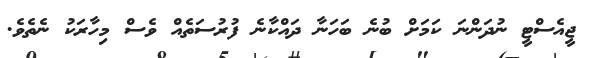
ޖީއެސްޓީ ނުދަންނަ ކަމަށް ބުނެ ބަހަނާ ދައްކާނެ ފުރުސަތެއް ވެސް މިހާރަކު ނެތެވެ.